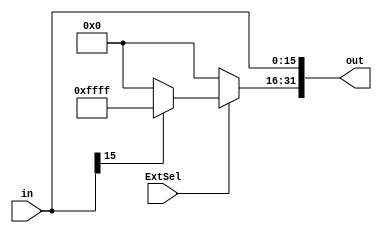
module ImmExt(
    input [15:0] in,
    input ExtSel,
    output reg [31:0] out
);

always @(*) begin
    if(ExtSel) begin
        if(in[15]==0)
            out[31:16]<=0;
        else
            out[31:16]<=16'hFFFF;
    end
    else
        out[31:16]<=0;
    out[15:0]<=in;
end
endmodule